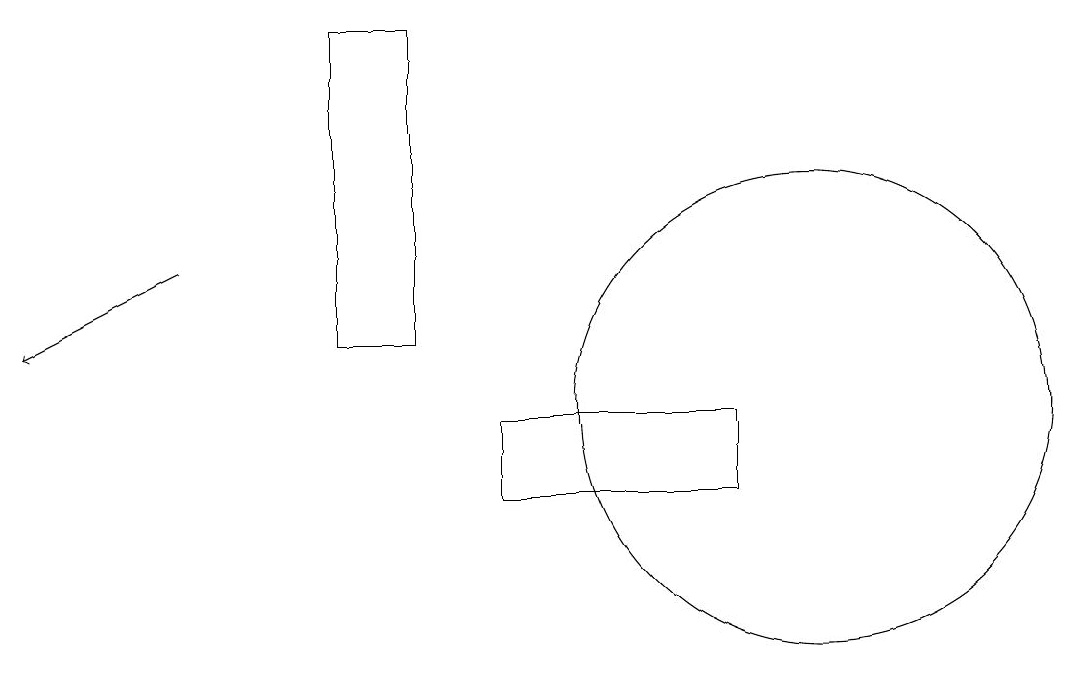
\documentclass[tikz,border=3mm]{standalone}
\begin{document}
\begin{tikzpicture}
\draw[->] (2,14) -- (0,13);
\draw (6,12) rectangle (9,11);
\draw (10,12) circle (3);
\draw (5,17) rectangle (4,13);
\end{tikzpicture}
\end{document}